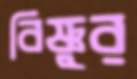
বিষ্ণুর